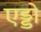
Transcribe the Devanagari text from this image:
एड्डो